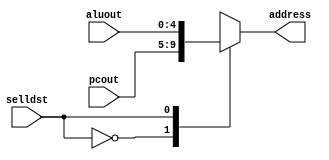
module mux21_5(address,pcout,aluout,selldst);

output[4:0] address;
input[4:0] pcout,aluout;
input selldst;

reg [4:0] address;

always @(selldst or pcout or aluout)
case(selldst)
1'd0: address=pcout;
1'd1: address=aluout;
endcase

endmodule